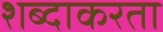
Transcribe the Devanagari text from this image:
शब्दाकरता